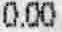
0.00